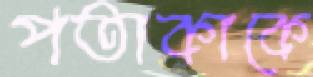
পতাকাকে